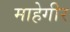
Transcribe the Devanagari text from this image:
माहेगीर